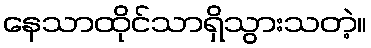
နေသာထိုင်သာရှိသွားသတဲ့။